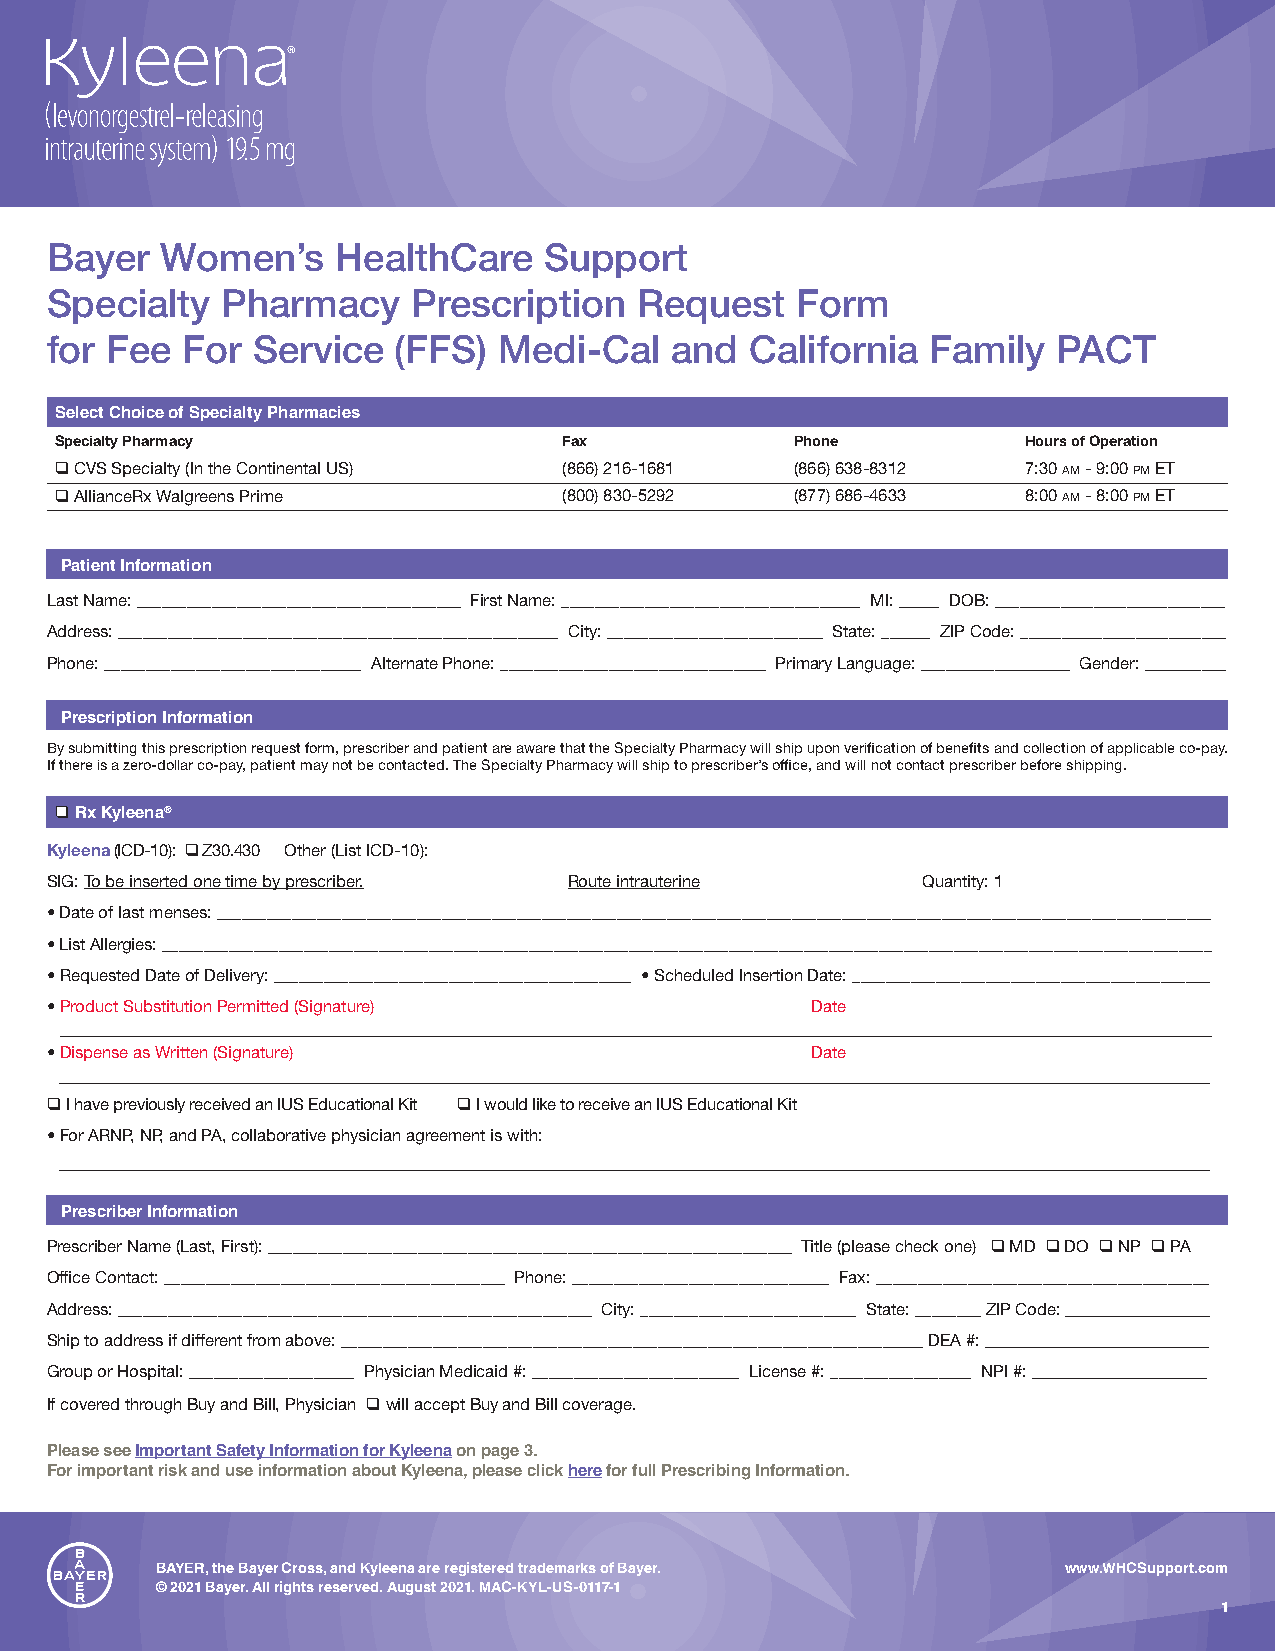
Bayer   Women’s    HealthCare    Support
 Specialty   Pharmacy    Prescription   Request    Form
 for Fee  For  Service  (FFS)  Medi-Cal   and   California  Family  PACT
 Select Choice of Specialty Pharmacies
 Specialty Pharmacy               Fax             Phone          Hours of Operation
 q CVS Specialty (In the Continental US) (866) 216-1681 (866) 638-8312 7:30 am - 9:00 pm ET
 q AllianceRx Walgreens Prime     (800) 830-5292  (877) 686-4633 8:00 am - 8:00 pm ET
 Patient Information
 Last Name: _______________________________________ First Name: ____________________________________ MI: _____ DOB: ____________________________
 Address: _____________________________________________________ City: __________________________ State: ______ ZIP Code: _________________________
 Phone: _______________________________ Alternate Phone: ________________________________ Primary Language: ___________________ Gender: __________
 Prescription Information
 By submitting this prescription request form, prescriber and patient are aware that the Specialty Pharmacy will ship upon verification of benefits and collection of applicable co-pay.
 If there is a zero-dollar co-pay, patient may not be contacted. The Specialty Pharmacy will ship to prescriber’s office, and will not contact prescriber before shipping.
 q Rx Kyleena®
 Kyleena (ICD-10): q Z30.430 Other (List ICD-10):
 SIG: To be inserted one time by prescriber. Route intrauterine Quantity: 1
 • Date of last menses: ________________________________________________________________________________________________________________________
 • List Allergies: ______________________________________________________________________________________________________________________________
 • Requested Date of Delivery: ___________________________________________ • Scheduled Insertion Date: ___________________________________________
 • Product Substitution Permitted (Signature)       Date
 • Dispense as Written (Signature)                  Date
 q I have previously received an IUS Educational Kit q I would like to receive an IUS Educational Kit
 • For ARNP, NP, and PA, collaborative physician agreement is with:
 Prescriber Information
 Prescriber Name (Last, First): _______________________________________________________________ Title (please check one) q MD q DO q NP q PA
 Office Contact: _________________________________________ Phone: _______________________________ Fax: ________________________________________
 Address: _________________________________________________________ City: __________________________ State: ________ ZIP Code: ___________________
 Ship to address if different from above: ______________________________________________________________________ DEA #: ____________________________
 Group or Hospital: ____________________ Physician Medicaid #: _________________________ License #: _________________ NPI #: ________________________
 If covered through Buy and Bill, Physician q will accept Buy and Bill coverage.
 Please see Important Safety Information for Kyleena on page 3.
 For important risk and use information about Kyleena, please click here for full Prescribing Information.
 BAYER, the Bayer Cross, and Kyleena are registered trademarks of Bayer. www.WHCSupport.com
 © 2021 Bayer. All rights reserved. August 2021. MAC-KYL-US-0117-1
 1